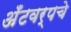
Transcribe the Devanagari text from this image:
अँटवर्पचे